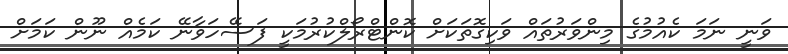
ވަނީ ނަމަ ކެއުމުގެ މިންވަރުތައް ވަކިގޮތަކަށް ކޮންޓްރޯލްކުރުމަކީ ފަސޭހަވާނޭ ކަމެއް ނޫން ކަމަށް